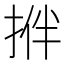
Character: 𢭬